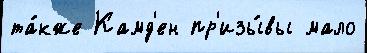
та́кже Камд'ен пр'изы́вы мало